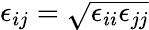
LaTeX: \epsilon_{ij}=\sqrt{\epsilon_{ii}\epsilon_{jj}}